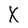
Character: X